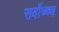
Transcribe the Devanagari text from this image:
सर्वोच्च्च